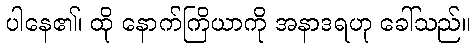
ပါနေ၏၊ ထို နောက်ကြိယာကို အနာဒရဟု ခေါ်သည်။